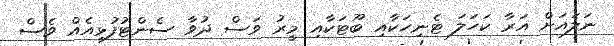
ނަލައަށް އަރާ ކަހަލަ ޓެނިހަކާއި ބޫޓަކާއި މީރު ވަސް ދުވާ ސެންޓުފުޅިއެއް ވެސް